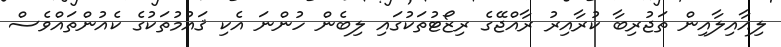
ލިއާއިލާއިން ތަޖުރިބާ ކުރާއިރު ރާއްޖޭގެ ރިޒޯޓުތަކުގައި ލިބެން ހުންނަ އެކި ޤައުމުތަކުގެ ކެއުންތައްވެސް